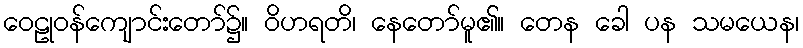
ဝေဠုဝန်ကျောင်းတော်၌။ ဝိဟရတိ၊ နေတော်မူ၏။ တေန ခေါ ပန သမယေန၊